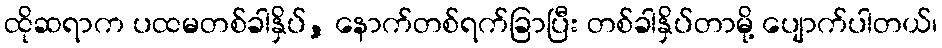
ထိုဆရာက ပထမတစ်ခါနှိပ်, နောက်တစ်ရက်ခြာပြီး တစ်ခါနှိပ်တာမို့ ပျောက်ပါတယ်၊